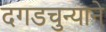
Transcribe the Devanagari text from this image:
दगडचुन्याने